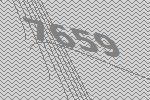
7659